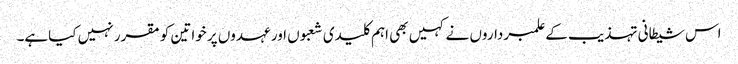
اس شیطانی تہذیب کے علمبرداروں نے کہیں بھی اہم کلیدی شعبوں اور عہدوں پر خواتین کو مقرر نہیں کیاہے۔